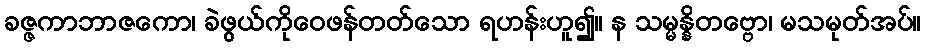
ခဇ္ဇကာဘာဇကော၊ ခဲဖွယ်ကိုဝေဖန်တတ်သော ရဟန်းဟူ၍။ န သမ္မန္နိတဗ္ဗော၊ မသမုတ်အပ်။